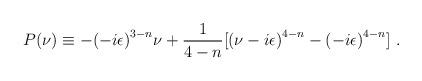
LaTeX: \begin{align*}P(\nu) \equiv -{(-i\epsilon)}^{3-n}\nu+\frac{1}{4-n}[{(\nu-i\epsilon)}^{4-n}-{(-i\epsilon)}^{4-n}] \,\,.\end{align*}